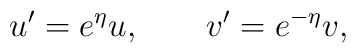
u' = e^{\eta } u , \qquad v' = e^{-\eta } v ,